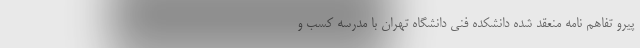
پیرو تفاهم نامه منعقد شده دانشکده فنی دانشگاه تهران با مدرسه کسب و